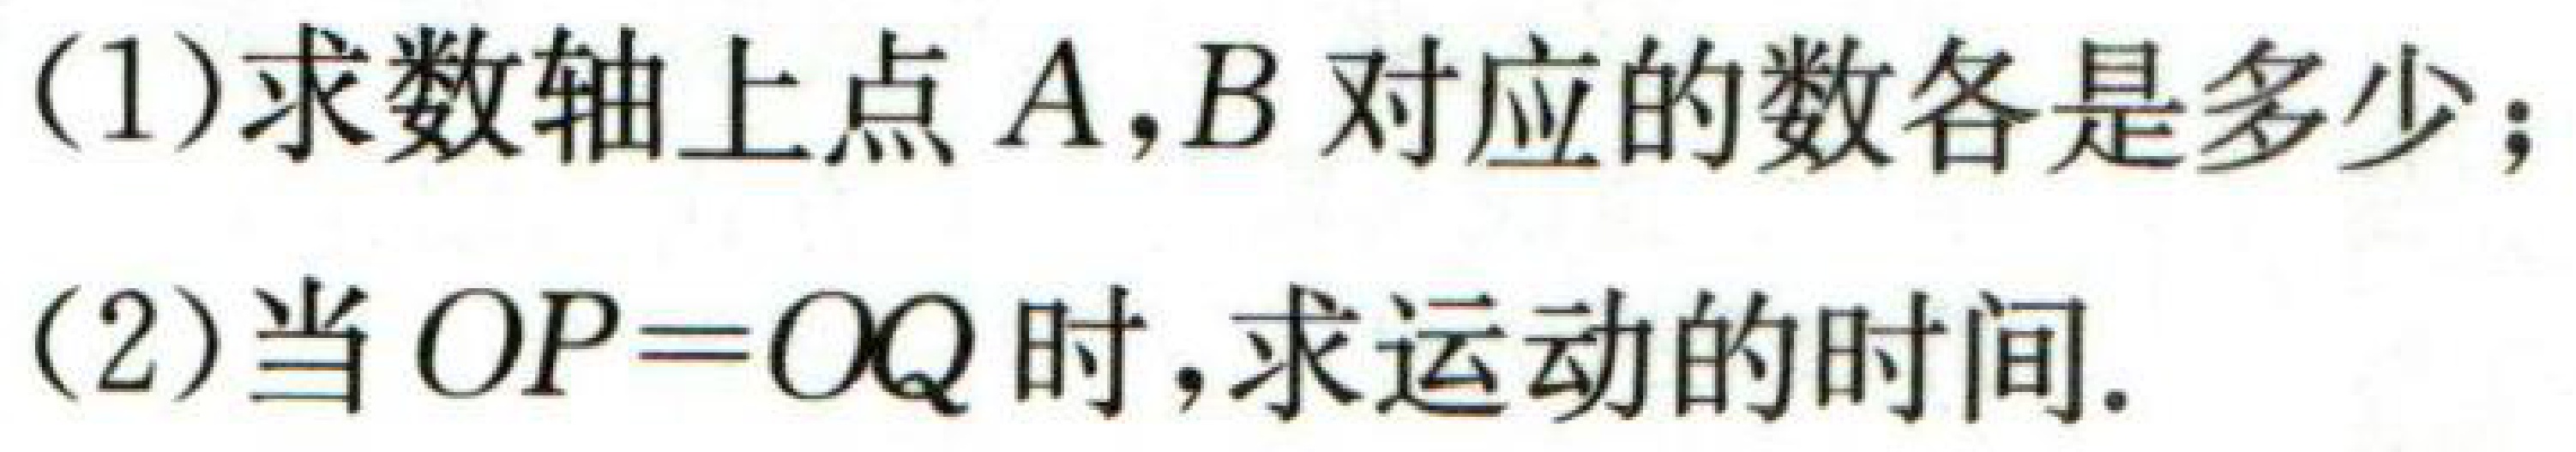
(1)求数轴上点\(A,B\)对应的数各是多少；
(2)当\(OP = OQ\)时，求运动的时间.